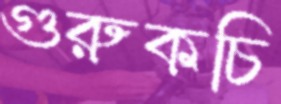
গুরুকচি